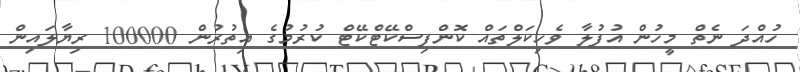
ހުއްދަ ނެތް މީހުން އުފުލާ ވެހިކަލްތައް ކޮންފިސްކޭޓްކޭޓް ކުރުމުގެ އިތުރުން 100000 ރިޔާލައިން